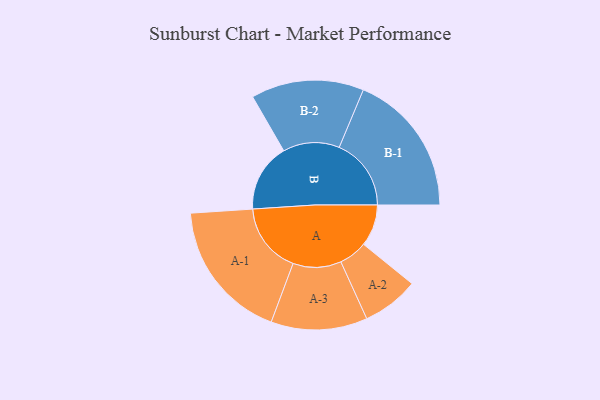
{"axis": {"x": "Segment", "y": "Value"}, "legend": ["", "A", "B"], "data": [{"x": "A", "y": 156, "type": ""}, {"x": "B", "y": 255, "type": ""}, {"x": "A-1", "y": 263, "type": "A"}, {"x": "A-2", "y": 106, "type": "A"}, {"x": "A-3", "y": 180, "type": "A"}, {"x": "B-1", "y": 269, "type": "B"}, {"x": "B-2", "y": 211, "type": "B"}]}